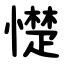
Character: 憷